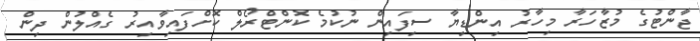
ޖާންޓުގެ މުޒާހަރާ މިހާރު އިންޑިޔާ ސިފައިން ނުކުމެ ކޮންޓްރޯލް ކޮށްފައިވާއިރު ގެއްލުން ދިން